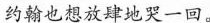
约翰也想放肆地哭一回。